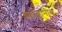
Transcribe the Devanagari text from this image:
दादोबांनीच